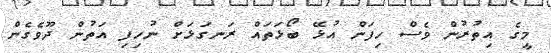
މީގެ އިތުރުން ވެސް ހިފަން އުޅޭ ބޯޅަތައް ރަނގަޅަށް ނުހިފި އަތުން ދޫވެގެން